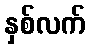
နှစ်လက်